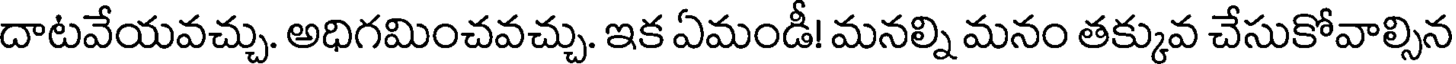
దాటవేయవచ్చు. అధిగమించవచ్చు. ఇక ఏమండీ! మనల్ని మనం తక్కువ చేసుకోవాల్సిన